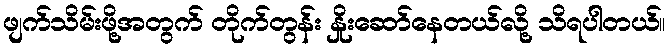
ဖျက်သိမ်းဖို့အတွက် တိုက်တွန်း နှိုးဆော်နေတယ်လို့ သိရပါတယ်။